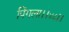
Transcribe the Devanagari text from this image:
पिंगला।।४८।।